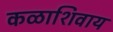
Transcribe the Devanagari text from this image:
कळाशिवाय